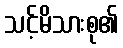
သင့်မိသားစု၏